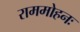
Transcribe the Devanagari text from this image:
राममोहनः